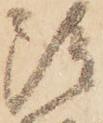
雖